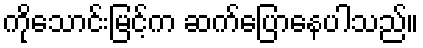
ကိုသောင်းမြင့်က ဆက်ပြောနေပါသည်။